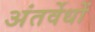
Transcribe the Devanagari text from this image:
अंतर्वेधों